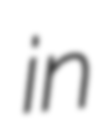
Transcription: in